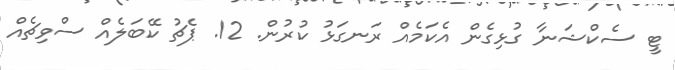
ޓީ ސެކްޝަނާ ގުޅިގެން އެކަމެއް ރަނގަޅު ކުރުން. 12. ޕެޗު ކޭބަލެއް ސްވިޗެއް